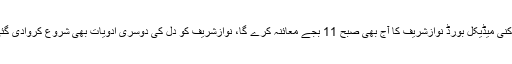
12 رکنی میڈیکل بورڈ نوازشریف کا آج بھی صبح 11 بجے معائنہ کرے گا، نوازشریف کو دل کی دوسری ادویات بھی شروع کروادی گئی ہیں۔